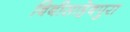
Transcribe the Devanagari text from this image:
बिबीसाहेबपुरा